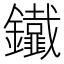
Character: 𨰕